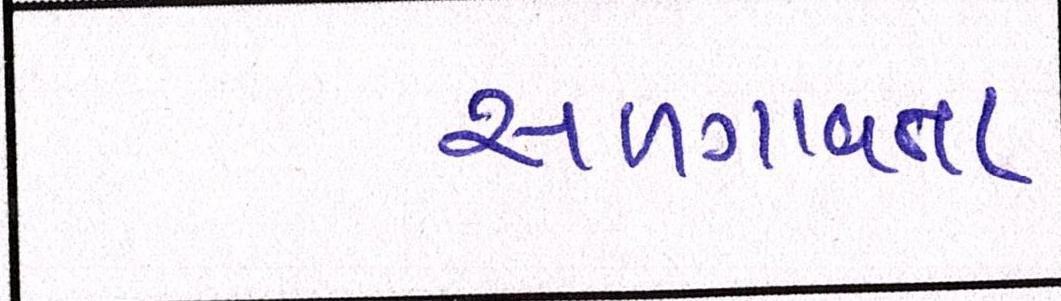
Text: સળગાવતા